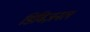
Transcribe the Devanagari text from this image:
डिविज़नल